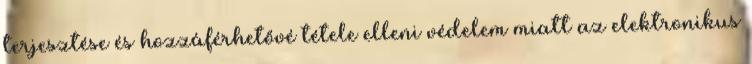
terjesztése és hozzáférhetővé tétele elleni védelem miatt az elektronikus